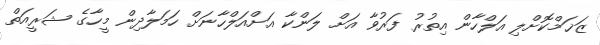
ޒަޚަމްކޮށްލި އަލްހާން އިތުރު ފަރުވާ އަށް ލަންކާ އަށްއަލްހާނަށް ހަމަލާދިން މީހާގެ ޝަރީއަތް